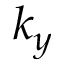
k _ { y }